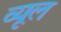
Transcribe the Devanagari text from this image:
व्यूल